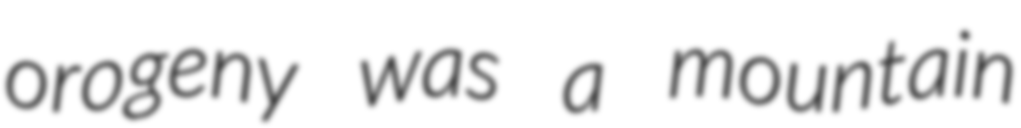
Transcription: orogeny was a mountain